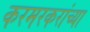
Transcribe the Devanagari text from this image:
करमरकरांच्या